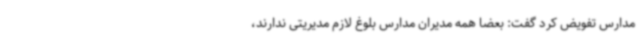
مدارس تفویض کرد گفت: بعضا همه مدیران مدارس بلوغ لازم مدیریتی ندارند،